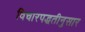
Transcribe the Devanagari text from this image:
विचारपद्धतीनुसार